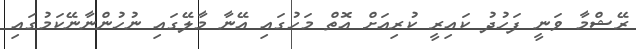
ރޭޝްމާ ވަނީ ފަހުދު ކައިރީ ކުރިއަށް އޮތް މަހުގައި އޭނާ މާލޭގައި ނުހުންނާނޭކަމުގައި